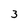
Character: 3